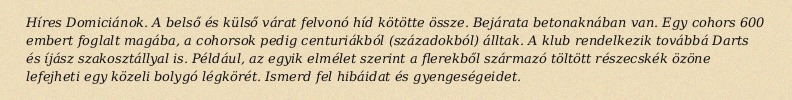
Híres Domiciánok. A belső és külső várat felvonó híd kötötte össze. Bejárata betonaknában van. Egy cohors 600 embert foglalt magába, a cohorsok pedig centuriákból (századokból) álltak. A klub rendelkezik továbbá Darts és íjász szakosztállyal is. Például, az egyik elmélet szerint a flerekből származó töltött részecskék özöne lefejheti egy közeli bolygó légkörét. Ismerd fel hibáidat és gyengeségeidet.